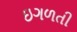
ઇગળતી